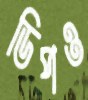
ডিপও